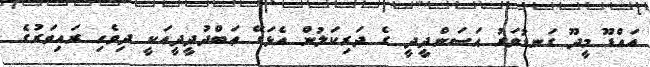
އައްޑޫ މީދޫ ގަނޑުވަރު ޙަސަންދީދީ ގެ ދަރިކަލުން އެޅަގޭ ޢަބްދުދީދީއަކީ ދިވެހި ރައިވަރުގެ